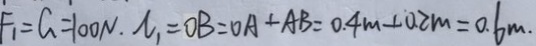
F _ { 1 } = G = 1 0 0 N . l _ { 1 } = O B = O A + A B = 0 . 4 m + 0 . 2 m = 0 . 6 m .